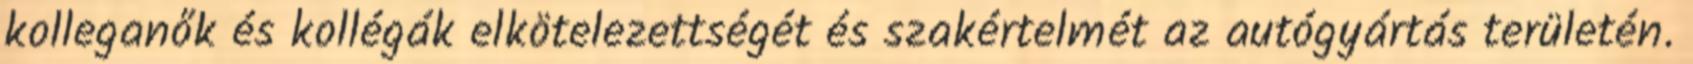
kolleganők és kollégák elkötelezettségét és szakértelmét az autógyártás területén.